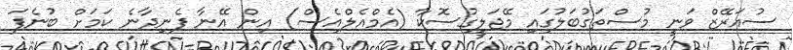
ސުއަރޭޒް ވަނީ މުސްތަގުބަލުގައި މޭޖަލީގުސޮކާ (އެމްއެލްއެސް) އިން އޭނާ ފެނިދާނެ ކަމަށް ބުނެފަ